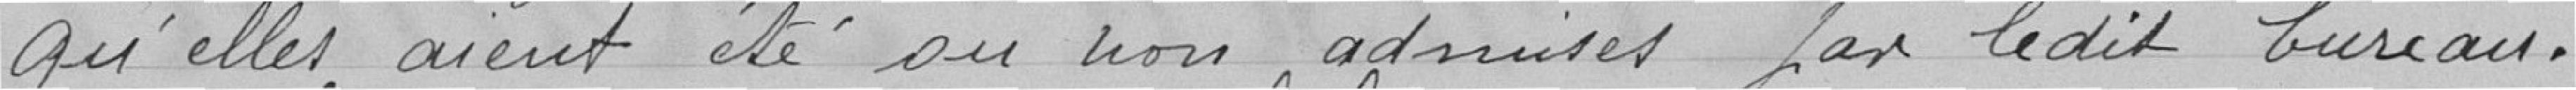
qu'elles aient été ou non admises par ledit bureau.